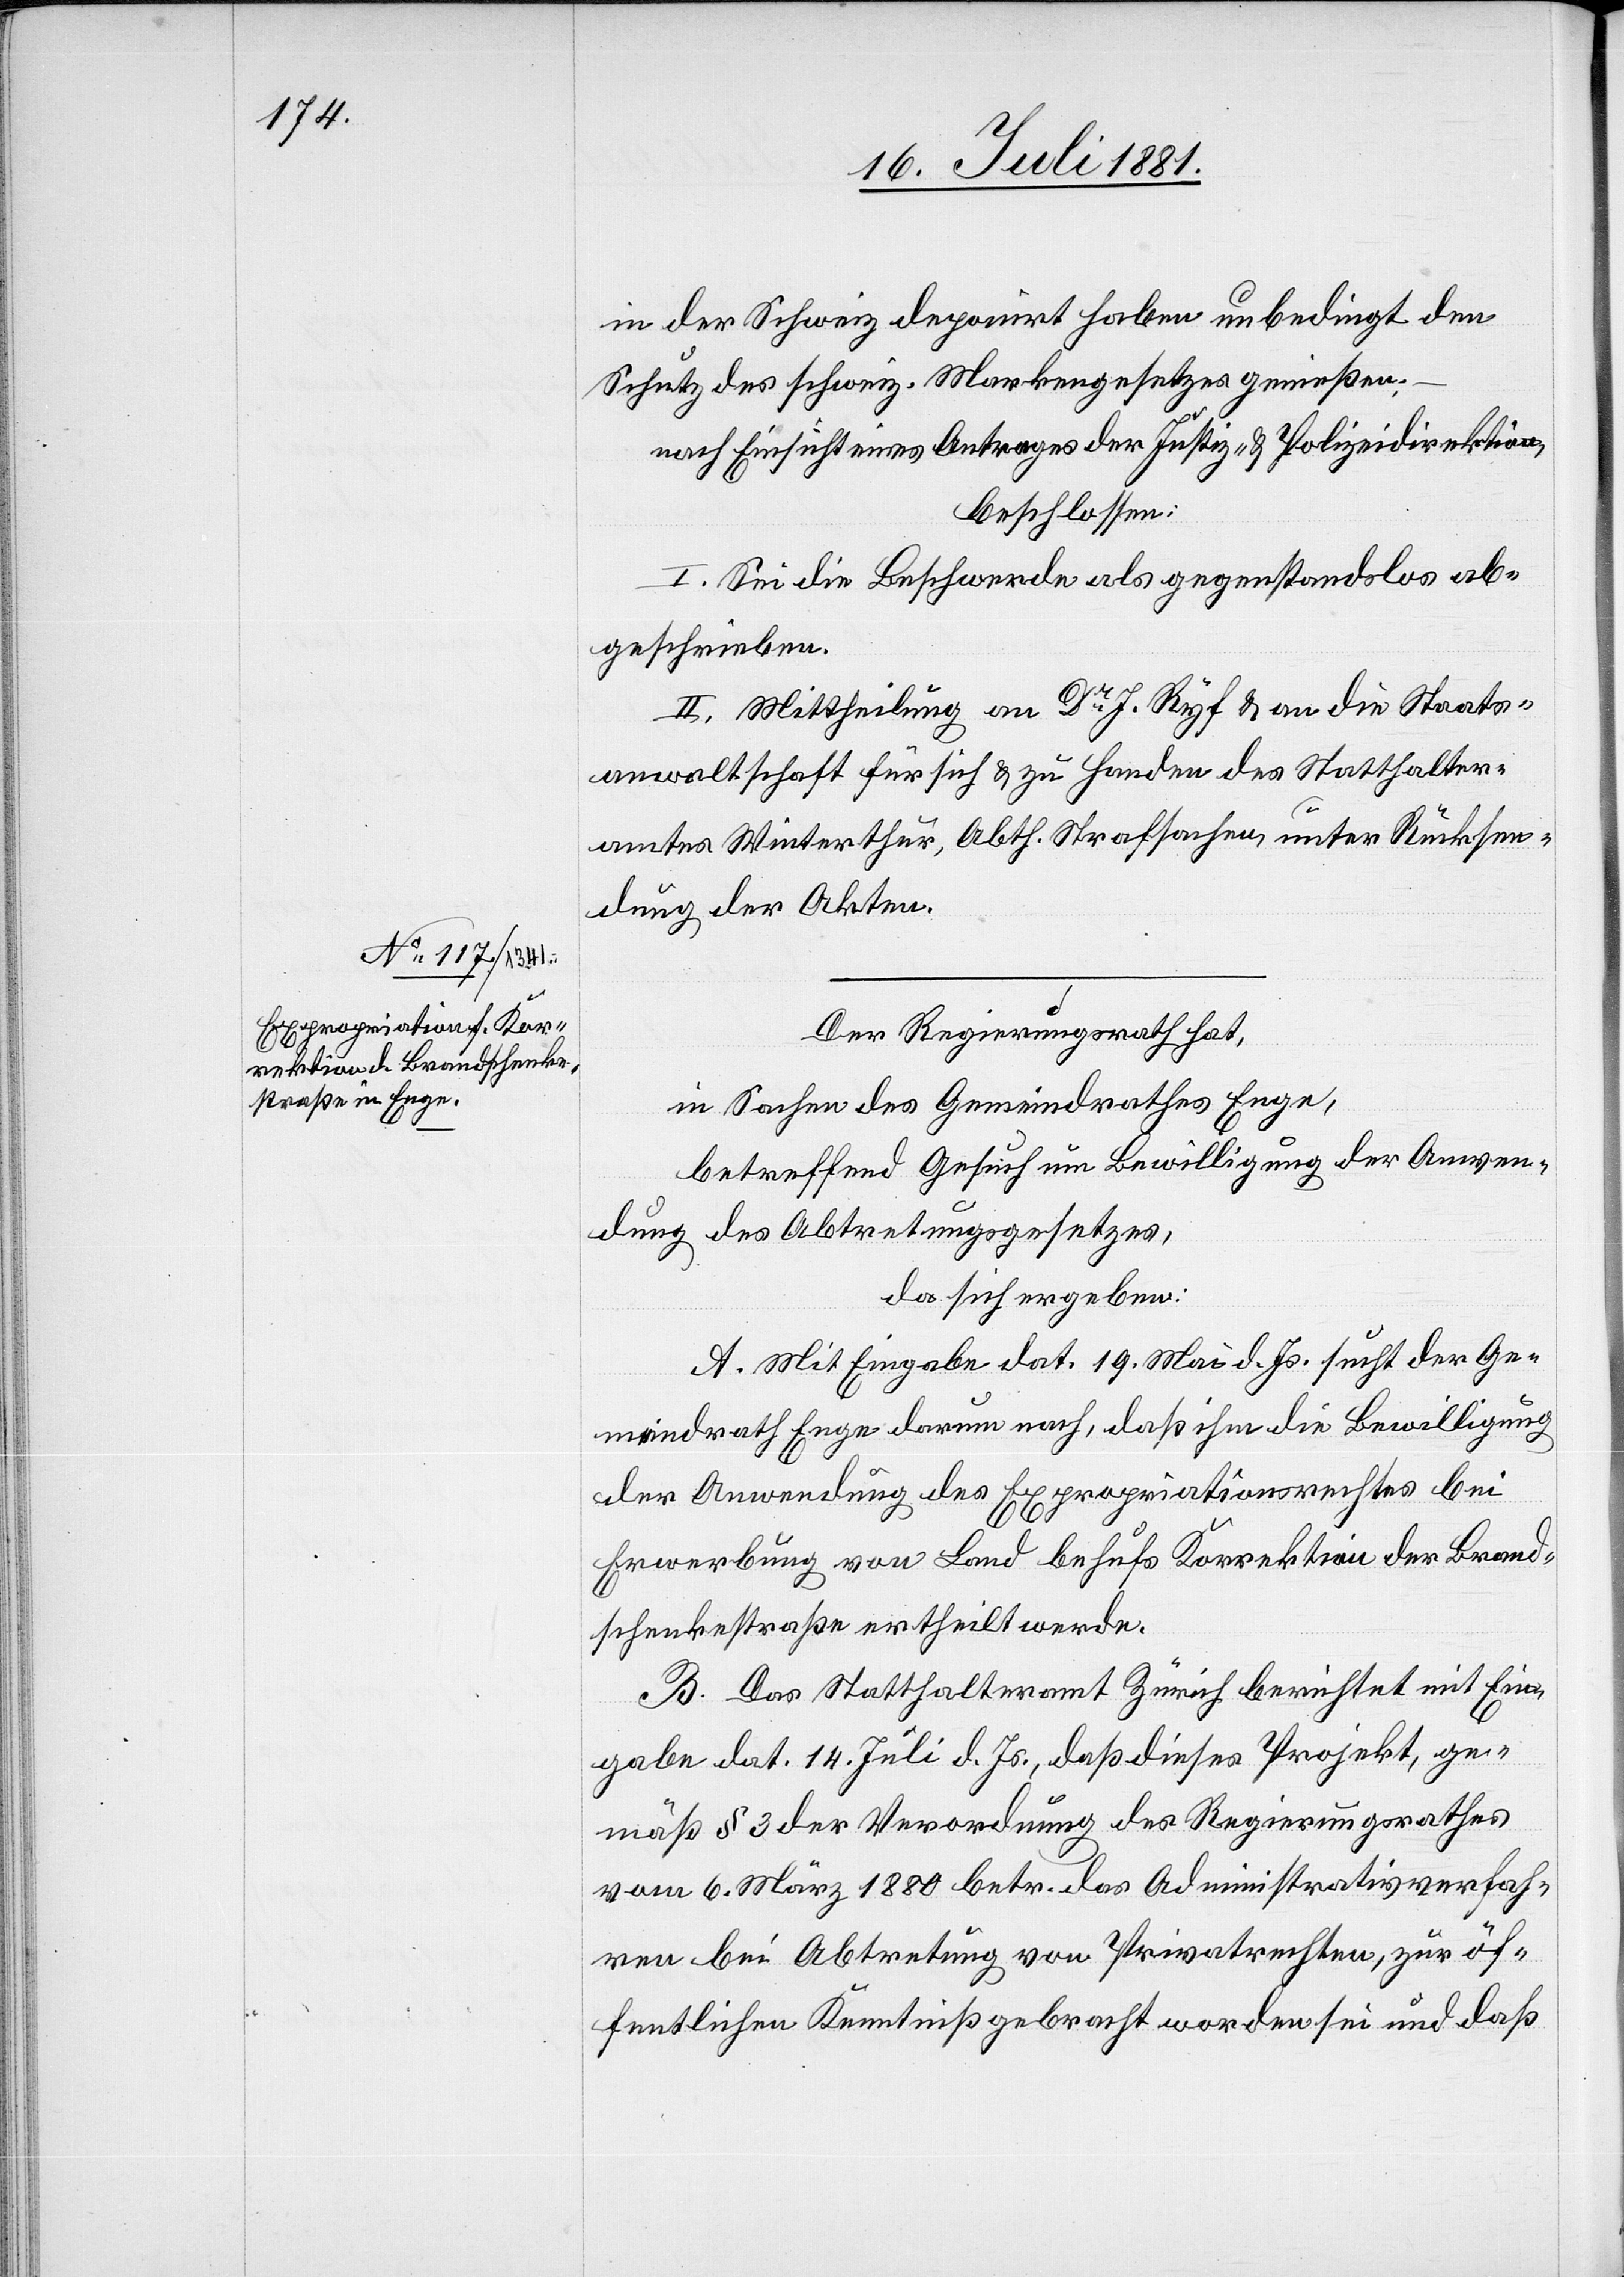
Der Regierungsrath hat,
in Sachen der Gemeindrathes Enge,
betreffend Gesuch um Bewilligung der Anwen¬
dung des Abtretungsgesetzes,
da sich ergeben:
A. Mit Eingabe dat. 19. Mai d. Js. sucht der Ge¬
meindrath Enge darum nach, daß ihm die Bewilligung
der Anwendung des Expropriationsrechtes bei
Erwerbung von Land behufs Korrektion der Brand¬
schenkestraße ertheilt werde.
B. Das Statthalteramt Zürich berichtet mit Ein¬
gabe dat. 14. Juli d. Js., daß dieses Projekt, ge¬
mäß § 3 der Verordnung des Regierungsrathes
vom 6. März 1889 betr. das Administrativverfah¬
ren bei Abtretung von Privatrechten, zur öf¬
fentlichen Kenntniß gebracht worden sei und daß